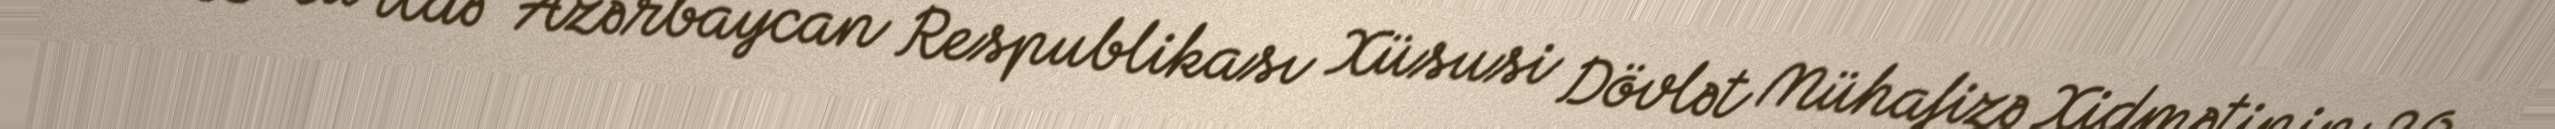
2023-cü ildə "Azərbaycan Respublikası Xüsusi Dövlət Mühafizə Xidmətinin 30